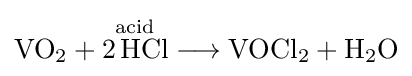
{\mathrm {VO} {\vphantom {A}}_{\smash[{t}]{2}}{}+{}{\overset {\mathrm {acid} }{2\,\mathrm {HCl} }}{}\mathrel {\longrightarrow } {}\mathrm {VOCl} {\vphantom {A}}_{\smash[{t}]{2}}{}+{}\mathrm {H} {\vphantom {A}}_{\smash[{t}]{2}}\mathrm {O} }